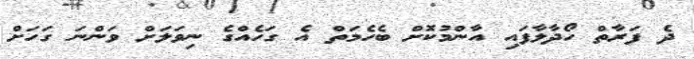
ދެ ފަރާތް ހޯދާލާފައި އާންމުކޮށް ބެހެމަތް އެ ގަހެއްގެ ނިވަލަށް ވަންނަ ގަހަށް